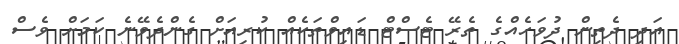
އަދި ދެތިން ދުވަހެއްގެ ތެރޭ ޓެސްޓް ޑައިވްތަކެއް ކުރިއަށް ގެންދެވޭނެ ކަމަށް ވެސް